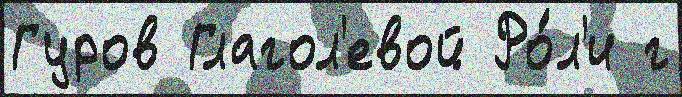
Гуров Глагол'евой Ро́л'и г